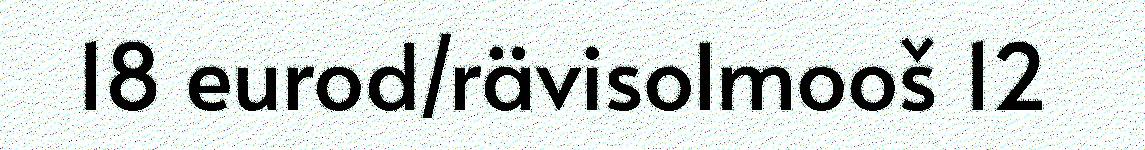
18 eurod/rävisolmooš 12